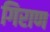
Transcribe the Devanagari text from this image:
गिराण